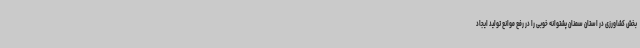
بخش کشاورزی در استان سمنان پشتوانه خوبی را در رفع موانع تولید ایجاد